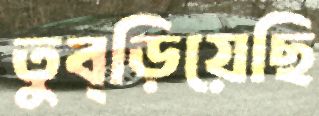
তুব্‌ড়িয়েছি